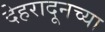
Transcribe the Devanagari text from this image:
देहरादूनच्या